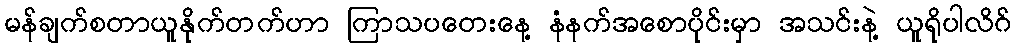
မန်ချက်စတာယူနိုက်တက်ဟာ ကြာသပတေးနေ့ နံနက်အစောပိုင်းမှာ အသင်းနဲ့ ယူရိုပါလိဂ်